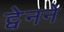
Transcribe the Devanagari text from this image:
ट्वेनने